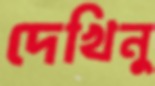
দেখিনু